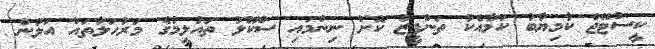
ކީސްޓޭޖް ކާމިޔާބު ކަމާއެކު ތަންފީޒު ކޮށް ނިންމައި ސްކޫލު ތައުލީމުގެ މަރުހަލާތައް އަލުން